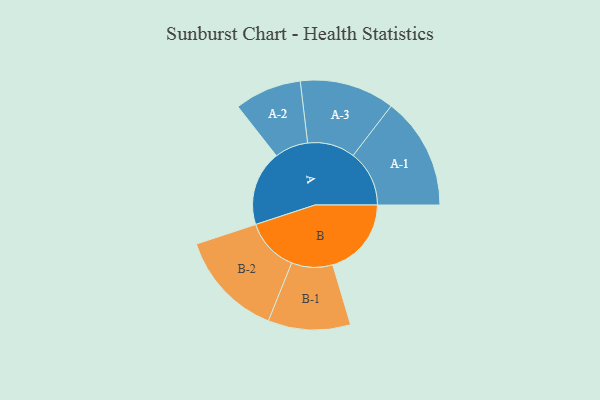
{"axis": {"x": "Segment", "y": "Value"}, "legend": ["", "A", "B"], "data": [{"x": "A", "y": 381, "type": ""}, {"x": "B", "y": 399, "type": ""}, {"x": "A-1", "y": 285, "type": "A"}, {"x": "A-2", "y": 170, "type": "A"}, {"x": "A-3", "y": 241, "type": "A"}, {"x": "B-1", "y": 209, "type": "B"}, {"x": "B-2", "y": 271, "type": "B"}]}